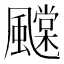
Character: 𩙆